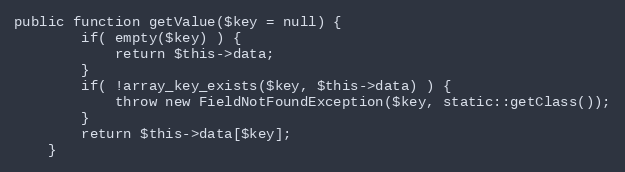
Language: PHP
public function getValue($key = null) {
		if( empty($key) ) {
			return $this->data;
		}
		if( !array_key_exists($key, $this->data) ) {
			throw new FieldNotFoundException($key, static::getClass());
		}
		return $this->data[$key];
	}